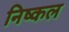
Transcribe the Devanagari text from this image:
निष्कल